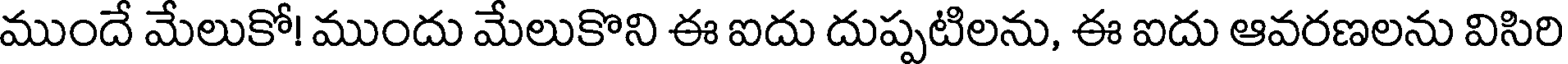
ముందే మేలుకో! ముందు మేలుకొని ఈ ఐదు దుప్పటిలను, ఈ ఐదు ఆవరణలను విసిరి